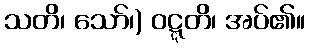
သတိ၊ သော်၊) ဝဋ္ဋတိ၊ အပ်၏။